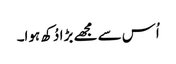
اُس سے مجھے بڑا دُکھ ہوا۔